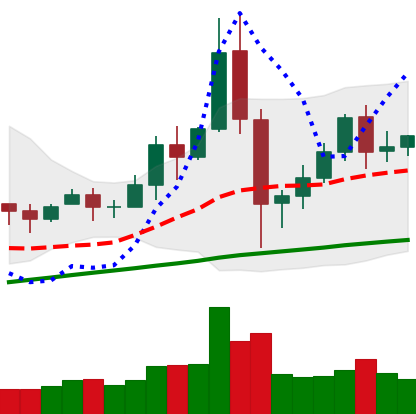
Ticker: BNB-USD
Chart end date: 2020-12-03
Forward return: -9.992%
Label: down_7plus